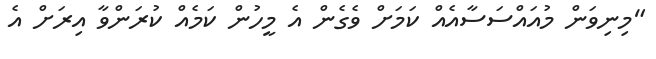
"މިނިވަން މުއައްސަސާއެއް ކަމަށް ވެގެން އެ މީހުން ކަމެއް ކުރަންވާ އިރަށް އެ